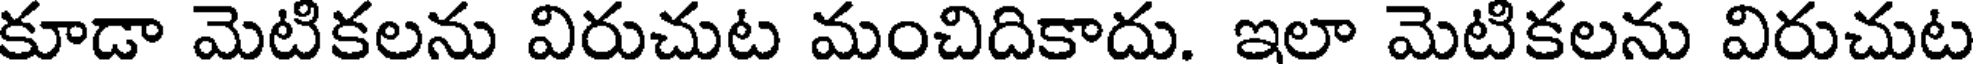
కూడా మెటికలను విరుచుట మంచిదికాదు. ఇలా మెటికలను విరుచుట